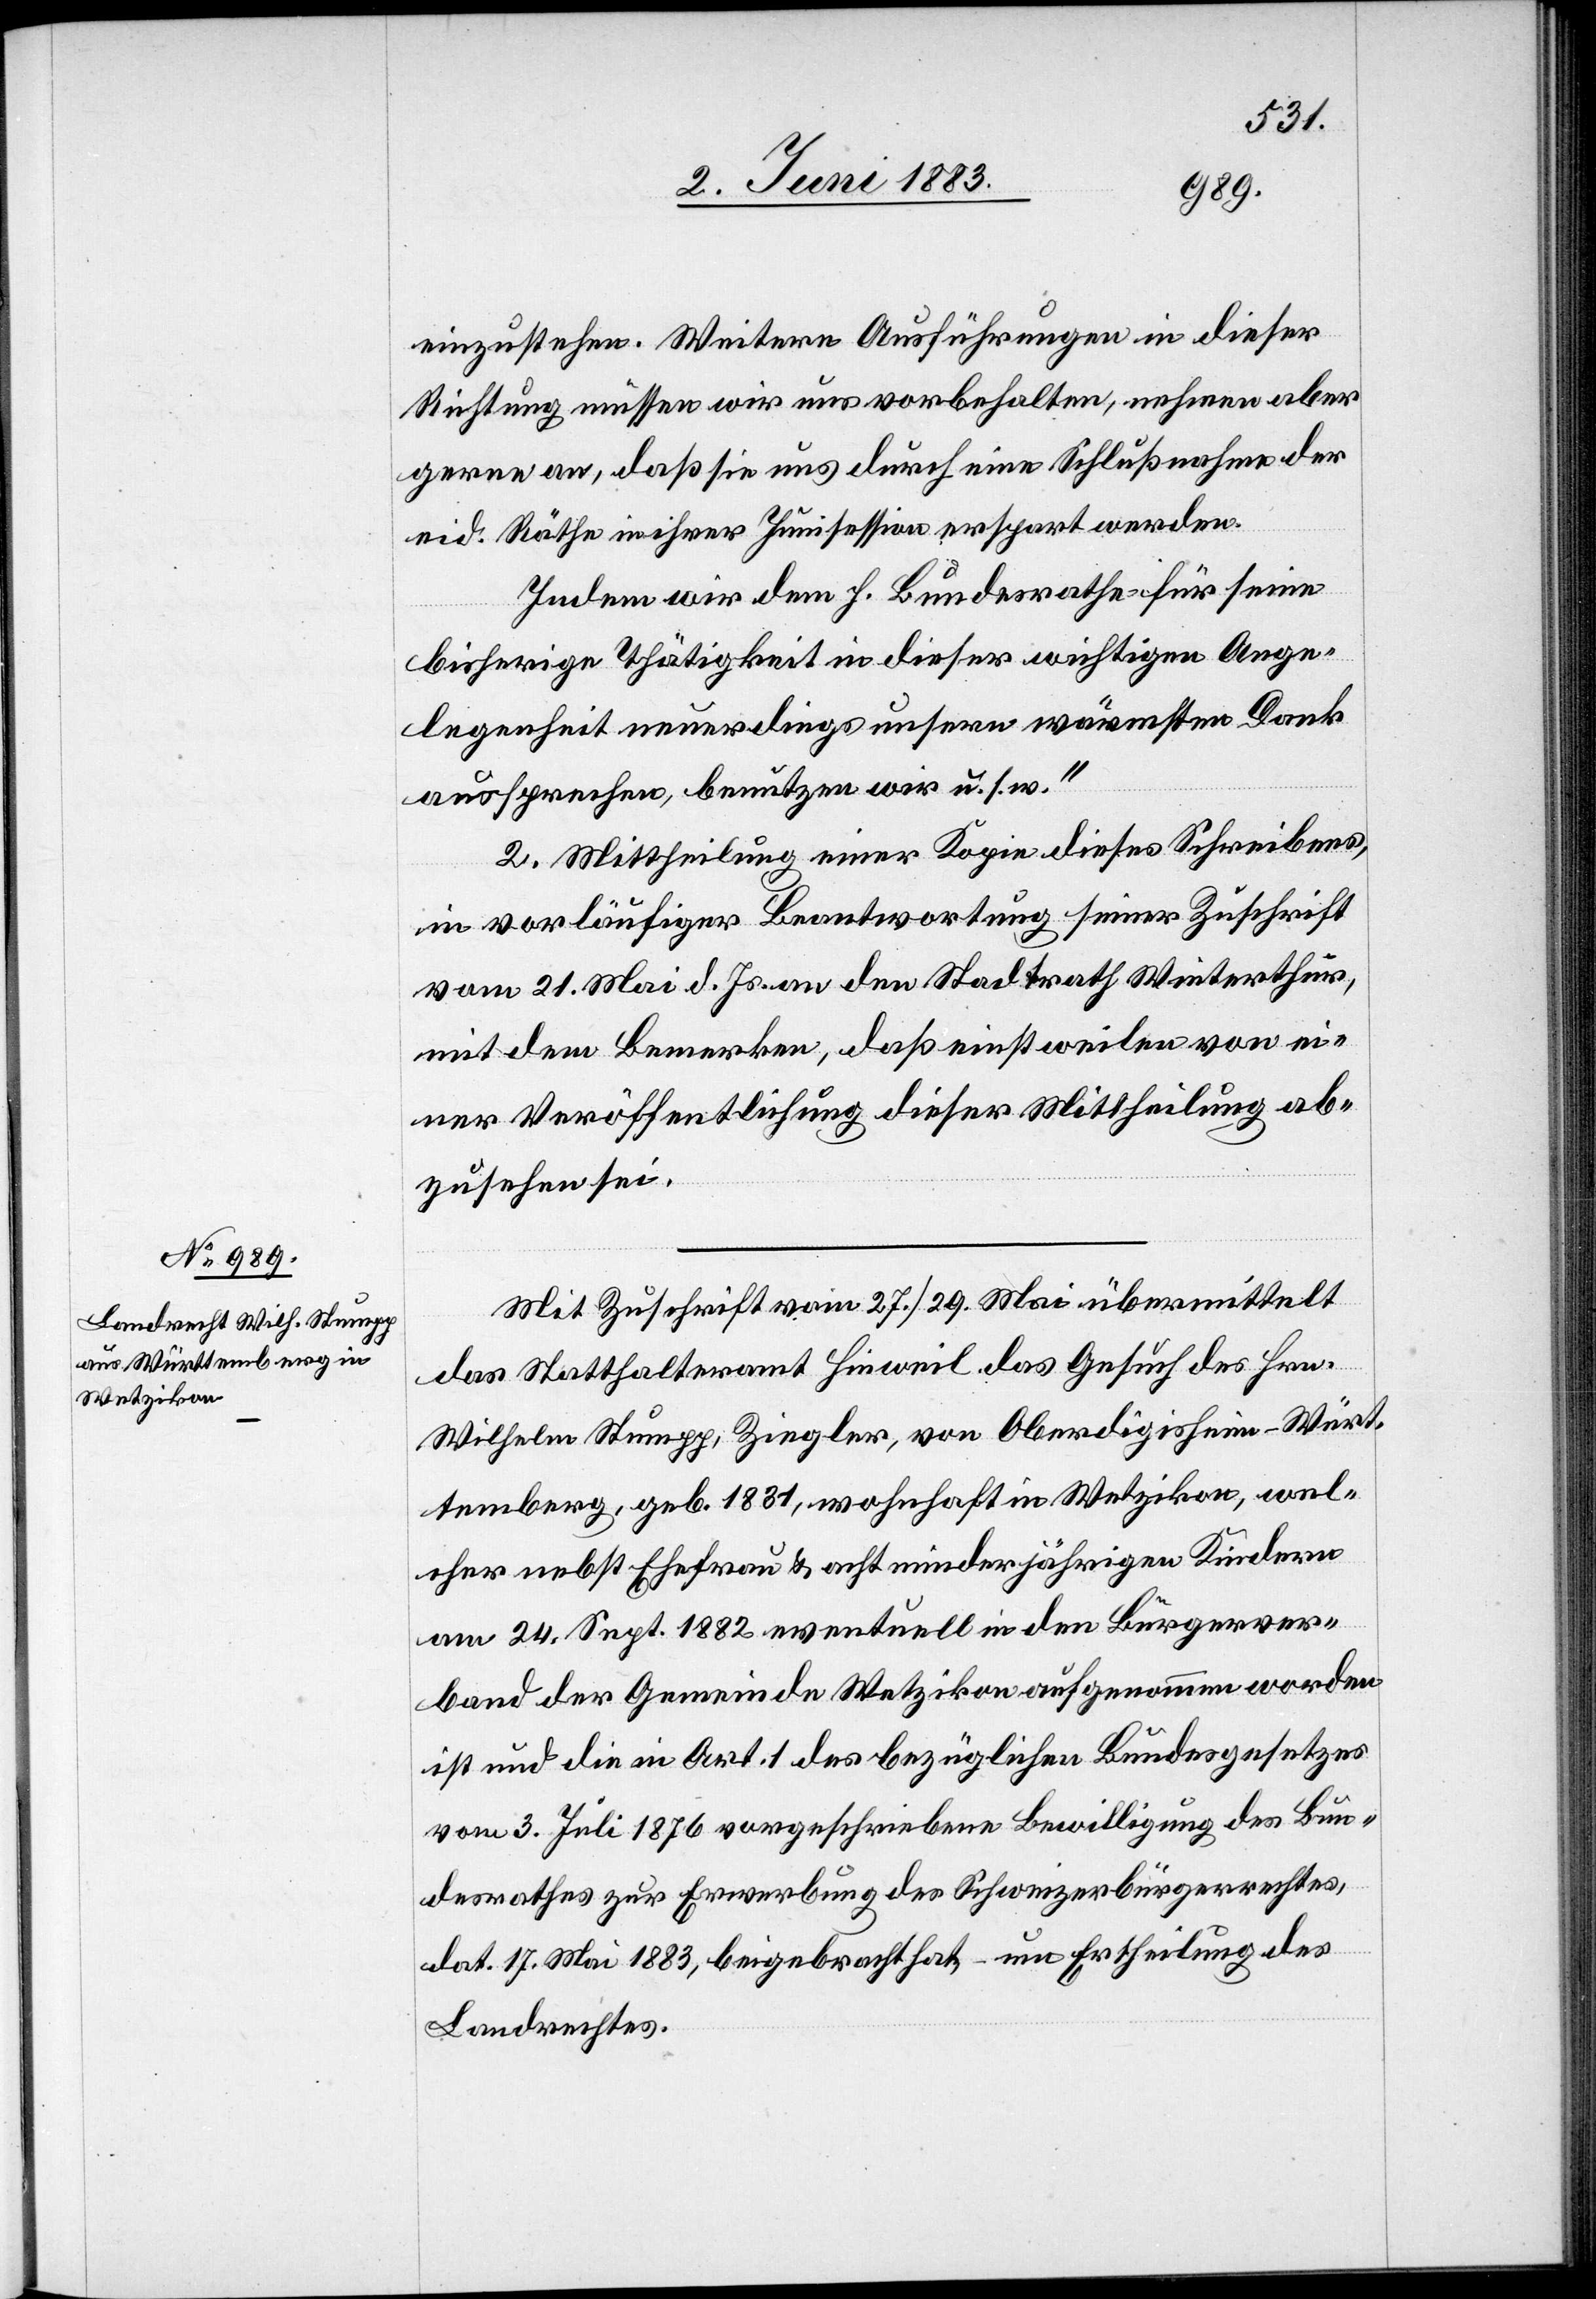
einzustehen. Weitere Ausführungen in dieser
Richtung müssen wir uns vorbehalten, nehmen aber
gerne an, daß sie uns durch eine Schlußnahme der
eid. Räthe in ihrer Junisession erspart werden.
Indem wir den h. Bundesrathe für seine
bisherige Thätigkeit in dieser wichtigen Ange¬
legenheit neuerdings unseren wärmsten Dank
aussprechen, benutzen wir u. s. w.“
2. Mittheilung einer Kopie dieses Schreibens,
in vorläufiger Beantwortung seiner Zuschrift
vom 21. Mai d. Js. an den Stadtrath Winterthur,
mit dem Bemerken, daß einstweilen von ei¬
ner Veröffentlichung dieser Mittheilung ab¬
zusehen sei.
Mit Zuschrift vom 27./29. Mai übermittelt
das Statthalteramt Hinweil das Gesuch des Hrn.
Wilhelm Stumpp, Ziegler, von Oberdigisheim - Würt¬
temberg, geb. 1831, wohnhaft in Wetzikon, wel¬
cher nebst Ehefrau & acht minderjährigen Kindern
am 24. Sept. 1882 eventuell in den Bürgerver¬
band der Gemeinde Wetzikon aufgenommen worden
ist und die in Art. 1 des bezüglichen Bundesgesetzes
vom 3. Juli 1876 vorgeschriebene Bewilligung des Bun¬
desrathes zur Erwerbung des Schweizerbürgerrechtes,
dat. 17. Mai 1883, beigebracht hat, – um Ertheilung des
Landrechtes.